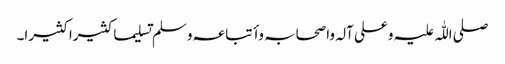
صلی اللّٰہ علیہ وعلی آلہ واصحابہ وأتباعہ وسلم تسلیما کثیرا کثیرا۔